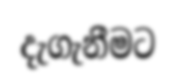
දැගැනීමට